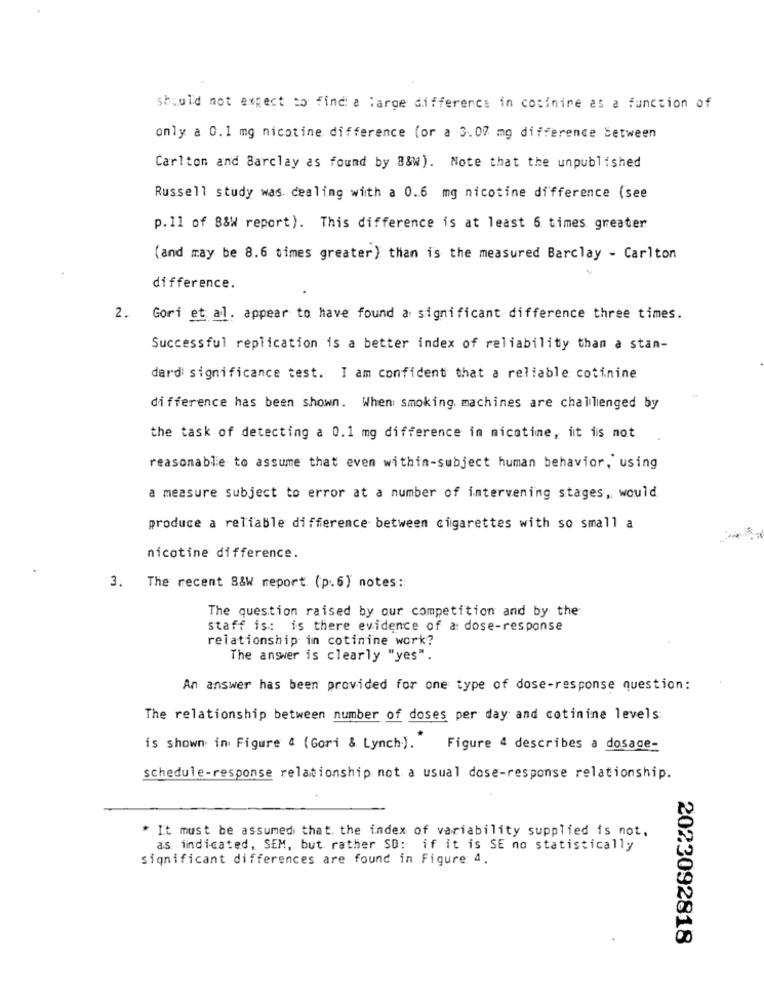
should not expect to find a large difference in cocinine as a function of
only a 0.1 mg nicotine difference (or a 3.00 mg difference Between
Carlton and Barclay as found by B&W). Note that the unpublished
Russell study was dealing with a 0.6 mg nicotine difference (see
p. 11 of 88W report). This difference is at least 6 times greater
(and may be 8.6 times greater) than is the measured Barclay - Carlton
difference.
2.
Gori et al. appear to have found a significant difference three times.
Successful replication is a better index of reliability than a stan-
dard significance test. I am confident that a reliable cotinine
difference has been shown. When smoking. machines are challenged by
the task of detecting a 0.1 mg difference in nicotine, it is not
reasonable to assume that even within-subject human behavior, using
a measure subject to error at a number of intervening stages, would
produce a reliable difference between cigarettes with so small a
nicotine difference.
3. The recent 8&W report (p.6) notes:
The question raised by our competition and by the
staff is: is there evidence of a: dose-response
relationship inn cotinine work?
The answer is clearly "yes".
An answer has been provided for one type of dose-response question:
The relationship between number of doses per day and cotinine levels
is shown in Figure 4 (Gori & Lynch). Figure 4 describes a dosage-
schedule-response relationship not a usual dose-response relationship.
* It must be assumed that the index of variability supplied is not,
as indicated, SEM, but rather SD: if it is SE no statistically
significant differences are found in Figure 4.
2023092818